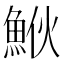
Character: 𩶻